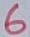
Text: 6